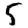
Digit: 5